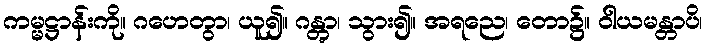
ကမ္မဋ္ဌာန်းကို။ ဂဟေတွာ၊ ယူ၍။ ဂန္တွာ၊ သွား၍။ အရညေ၊ တော၌။ ဝါယမန္တာပိ၊